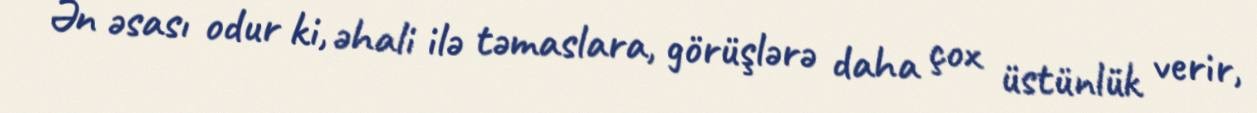
Ən əsası odur ki, əhali ilə təmaslara, görüşlərə daha çox üstünlük verir,